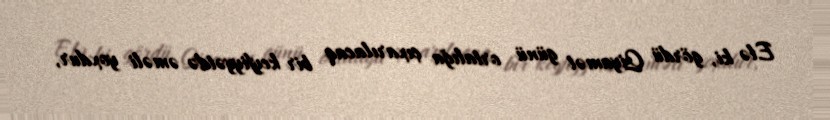
Elə ki, gördü Qiyamət günü ortalığa çıxarılacaq bir keyfiyyətdə əməli yoxdur,